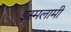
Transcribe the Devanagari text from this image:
इस्मलामी